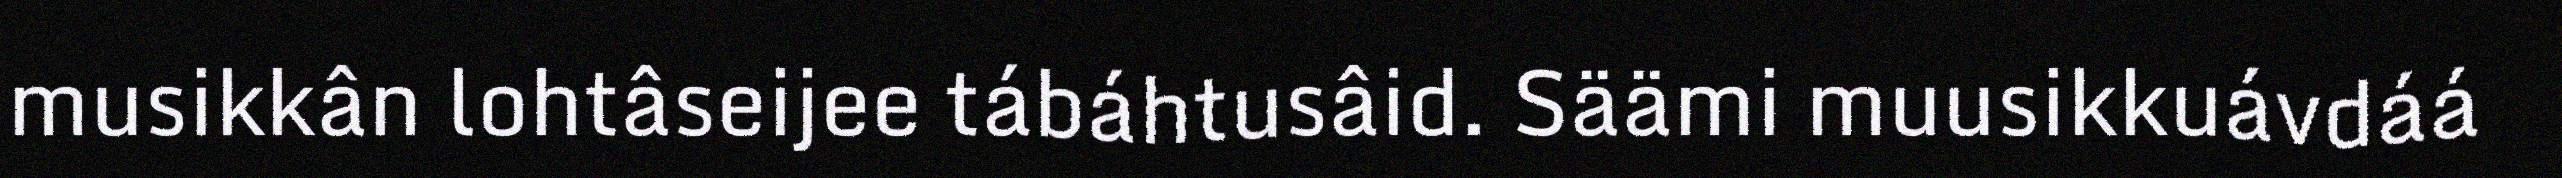
musikkân lohtâseijee tábáhtusâid. Säämi muusikkuávdáá